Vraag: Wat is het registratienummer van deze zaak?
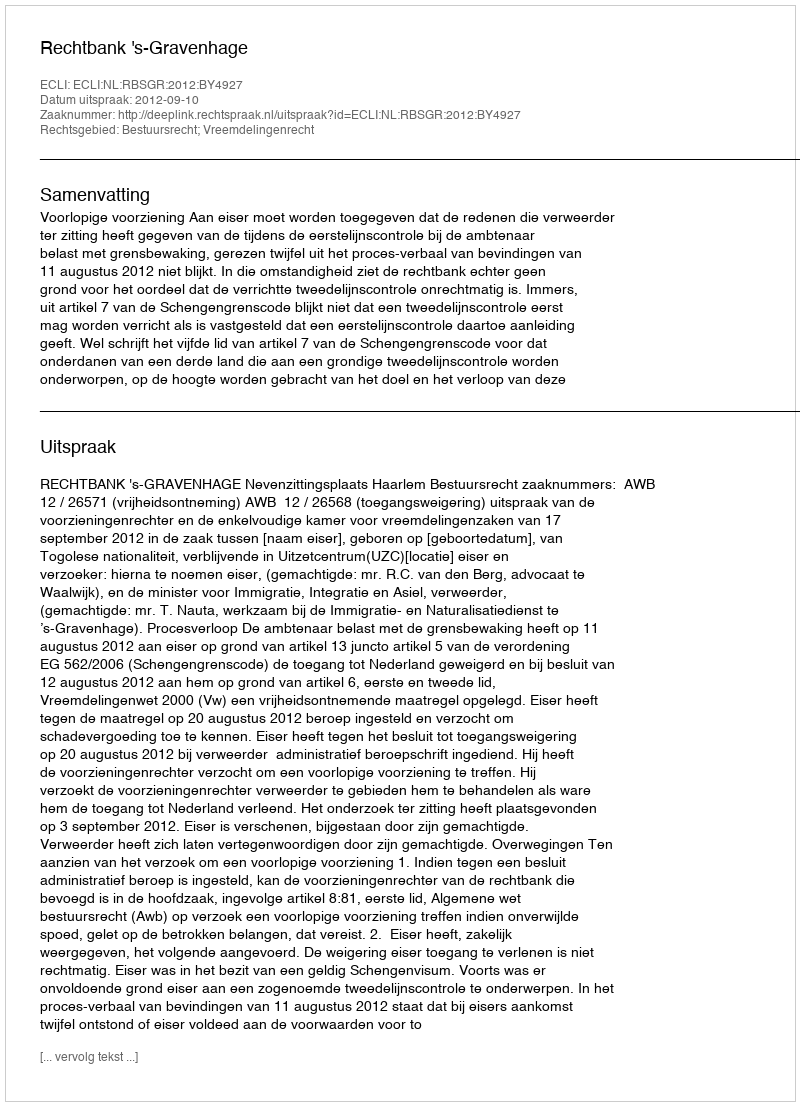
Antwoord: http://deeplink.rechtspraak.nl/uitspraak?id=ECLI:NL:RBSGR:2012:BY4927